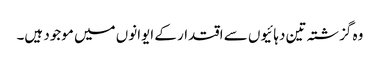
وہ گزشتہ تین دہائیوں سے اقتدار کے ایوانوں میں موجود ہیں۔